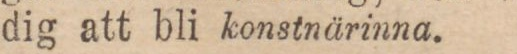
dig att bli konstnärinna.